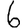
Digit: 6